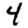
Digit: 4